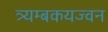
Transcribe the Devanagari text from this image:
त्र्यम्बकयज्वन